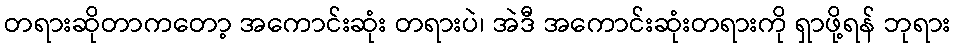
တရားဆိုတာကတော့ အကောင်းဆုံး တရားပဲ၊ အဲဒီ အကောင်းဆုံးတရားကို ရှာဖို့ရန် ဘုရား